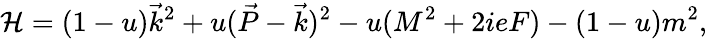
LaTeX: {\cal H}=(1-u)\vec{k}^{2}+u(\vec{P}-\vec{k})^{2}-u(M^{2}+2ieF)-(1-u)m^{2},